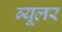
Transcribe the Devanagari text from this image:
ब्यूलर